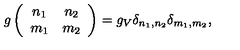
g \left( \begin{array} { c c } { n _ { 1 } } & { n _ { 2 } } \\ { m _ { 1 } } & { m _ { 2 } } \\ \end{array} \right) = g _ { V } \delta _ { n _ { 1 } , n _ { 2 } } \delta _ { m _ { 1 } , m _ { 2 } } ,